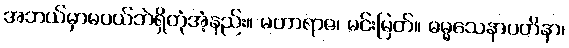
အဘယ်မှာမပယ်ဘဲရှိတုံအံ့နည်း။ မဟာရာဇ၊ မင်းမြတ်။ ဓမ္မသေနာပတိနာ၊